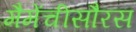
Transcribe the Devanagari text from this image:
मैमेंचीसौरस